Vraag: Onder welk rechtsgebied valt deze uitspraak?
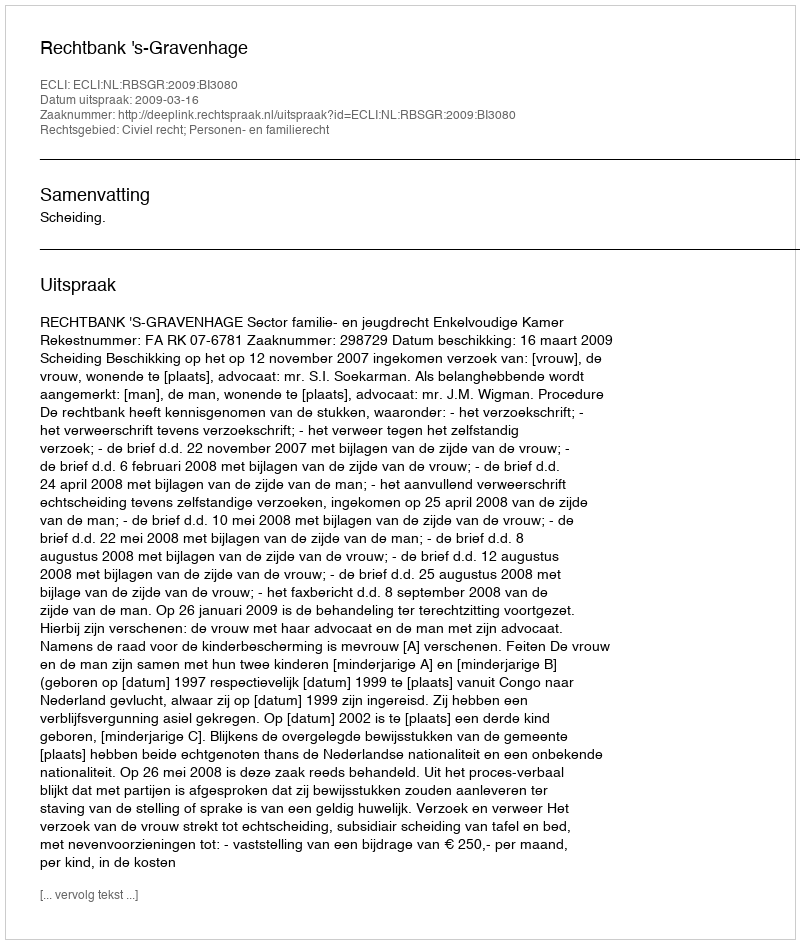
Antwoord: Civiel recht; Personen- en familierecht